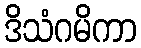
ဒိသံဂမိကာ